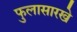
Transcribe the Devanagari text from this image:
फुलासारखे